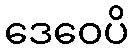
ဒေဝေပိ